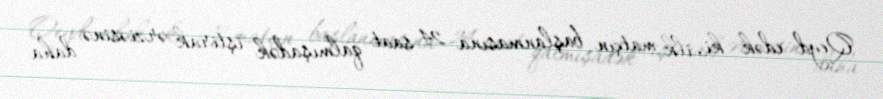
Qeyd edək ki, ilk matçın başlanmasına 24 saat qalmışadək iştirak ərziəsinə daha